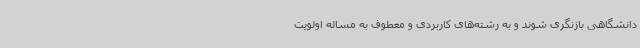
دانشگاهی بازنگری شوند و به رشته‌های کاربردی و معطوف به مساله اولویت